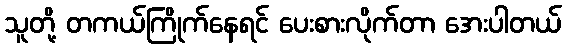
သူတို့ တကယ်ကြိုက်နေရင် ပေးစားလိုက်တာ အေးပါတယ်